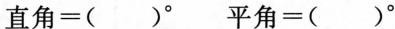
直角=( )^{\circ} 平角=( )^{\circ}